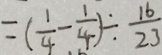
= ( \frac { 1 } { 4 } - \frac { 1 } { 4 } ) \div \frac { 1 6 } { 2 3 }